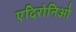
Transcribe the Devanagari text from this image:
एदिरोनिओ